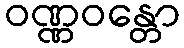
ဝဏ္ဏဝန္တော